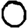
Digit: 0